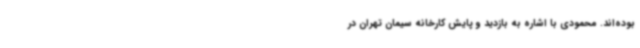
بوده‌اند. محمودی با اشاره به بازدید و پایش کارخانه سیمان تهران در